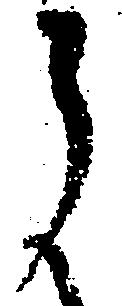
郎